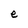
Character: e